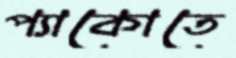
প্যাকোতে